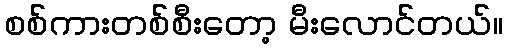
စစ်ကားတစ်စီးတော့ မီးလောင်တယ်။